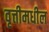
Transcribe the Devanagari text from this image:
वृत्तीमधील